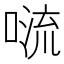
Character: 𠺩